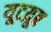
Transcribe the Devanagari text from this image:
यूटय़ूब